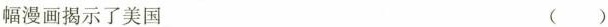
幅漫画揭示了美国 ( )